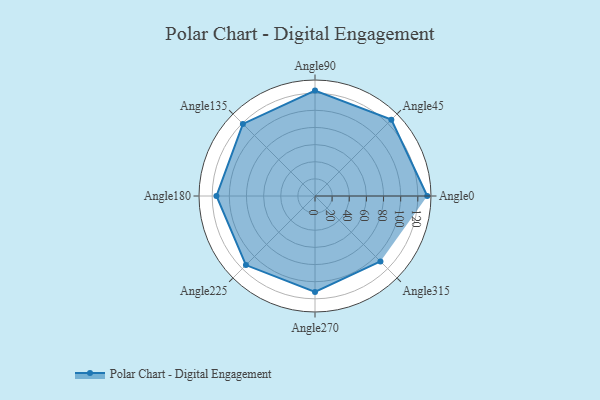
{"axis": {"x": "Angle", "y": "Radius"}, "legend": [""], "data": [{"x": "Angle0", "y": 131.0, "type": ""}, {"x": "Angle45", "y": 126.0, "type": ""}, {"x": "Angle90", "y": 123.0, "type": ""}, {"x": "Angle135", "y": 119.0, "type": ""}, {"x": "Angle180", "y": 115.0, "type": ""}, {"x": "Angle225", "y": 114.0, "type": ""}, {"x": "Angle270", "y": 112.0, "type": ""}, {"x": "Angle315", "y": 108.0, "type": ""}]}